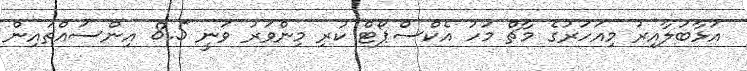
އަޅާބަލާއިރު މިއަހަރުގެ މާޗް މަހު އެކްސްޕޯޓް ކުރި މިންވަރު ވަނީ 8.5 އިންސައްތައިން